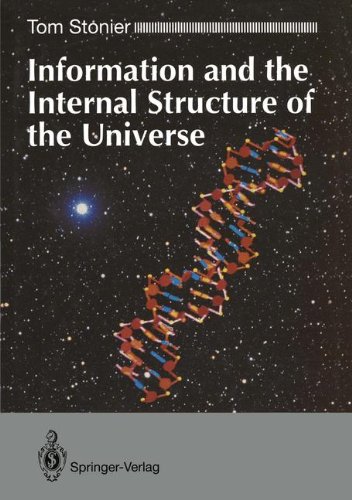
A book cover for Information and the Internal Structure of the Universe: An Exploration into Information Physics; Tom Stonier; Science & Math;